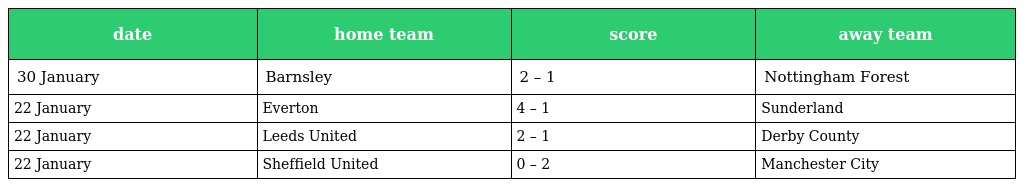
| date | home team | score | away team |
 | --- | --- | --- | --- |
 | 30 January | Barnsley | 2 – 1 | Nottingham Forest |
 | 22 January | Everton | 4 – 1 | Sunderland |
 | 22 January | Leeds United | 2 – 1 | Derby County |
 | 22 January | Sheffield United | 0 – 2 | Manchester City |